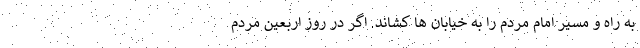
به راه و مسیر امام مردم را به خیابان ها کشاند. اگر در روز اربعین مردم